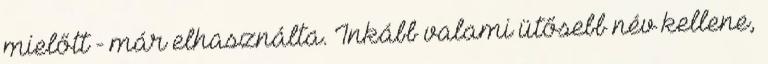
mielőtt - már elhasználta. Inkább valami ütősebb név kellene,